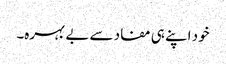
خود اپنے ہی مفاد سے بے بہرہ۔